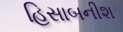
હિસાબનીશ